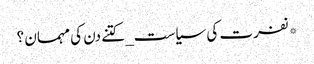
*نفرت کی سیاست_ کتنے دن کی مہمان ؟